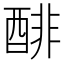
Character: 𰼌